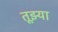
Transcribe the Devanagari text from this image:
तूझ्या